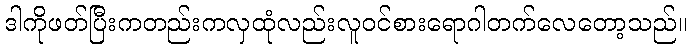
ဒါကိုဖတ်ပြီးကတည်းကလှထုံလည်းလူဝင်စားရောဂါတက်လေတော့သည်။